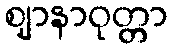
ဈာနာဝုတ္တာ